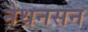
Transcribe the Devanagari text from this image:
नेथनसन